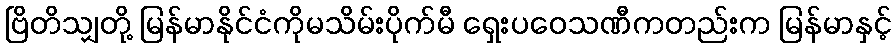
ဗြိတိသျှတို့ မြန်မာနိုင်ငံကိုမသိမ်းပိုက်မီ ရှေးပဝေသဏီကတည်းက မြန်မာနှင့်